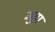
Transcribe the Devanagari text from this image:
मुठ्वा